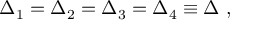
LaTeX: \Delta _ { 1 } = \Delta _ { 2 } = \Delta _ { 3 } = \Delta _ { 4 } \equiv \Delta \ ,